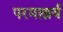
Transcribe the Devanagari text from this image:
परमाश्रर्य